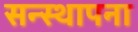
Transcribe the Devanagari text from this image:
सन्स्थापना